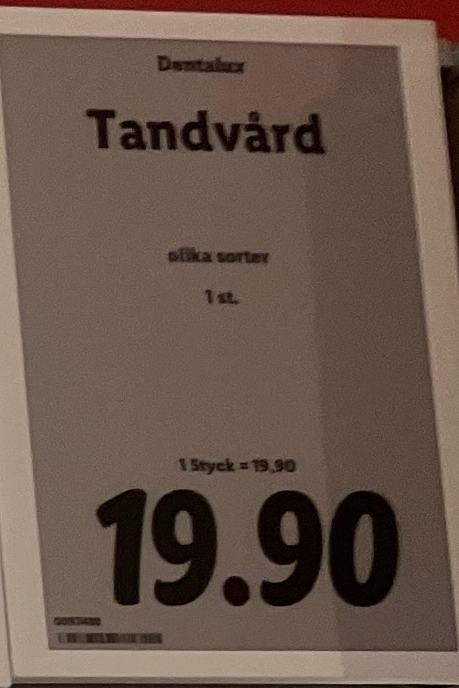
Vara: Tandvård
Genomsnittspris: 19.9 per st